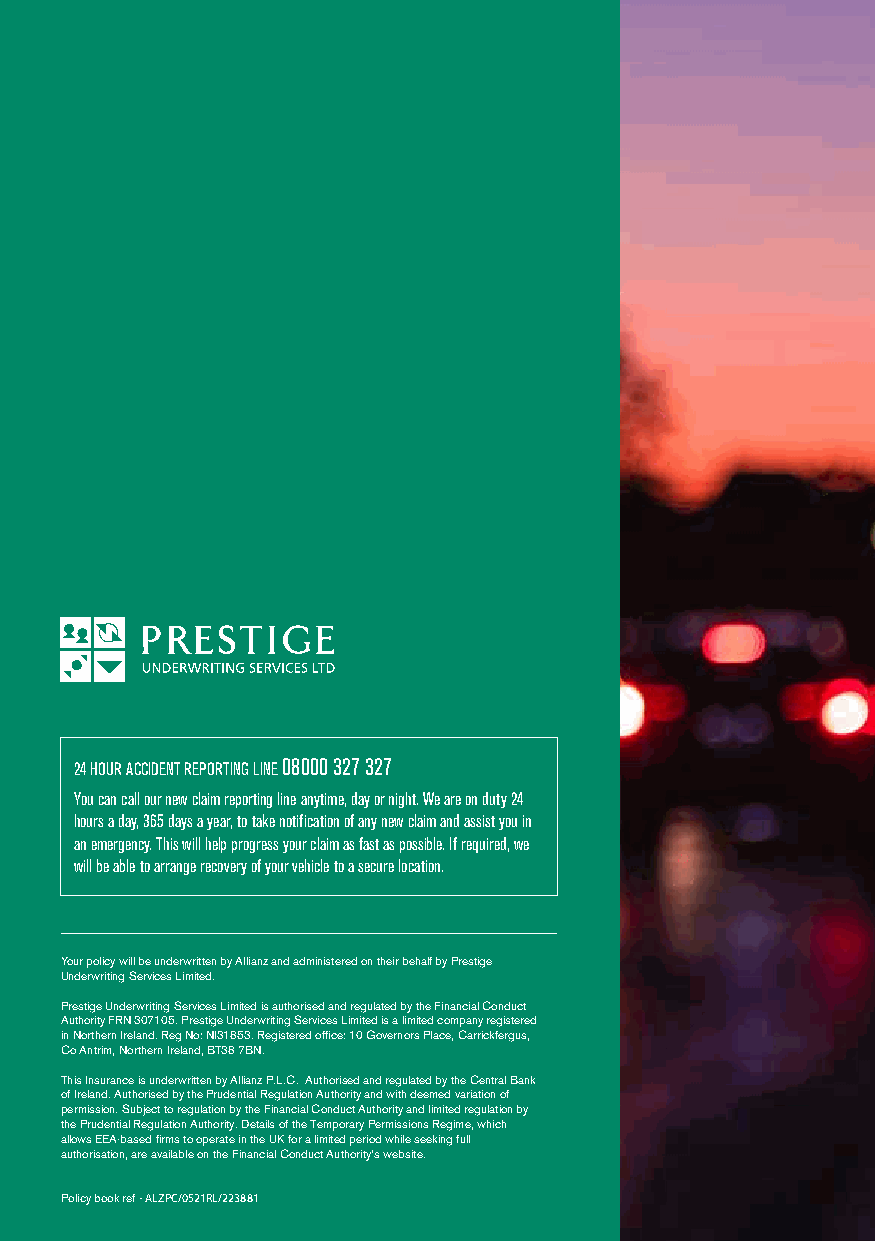
24 HOUR ACCIDENT REPORTING LINE 08000 327 327
 You can call our new claim reporting line anytime, day or night. We are on duty 24
 hours a day, 365 days a year, to take notification of any new claim and assist you in
 an emergency. This will help progress your claim as fast as possible. If required, we
 will be able to arrange recovery of your vehicle to a secure location.
 Your policy will be underwritten by Allianz and administered on their behalf by Prestige
 Underwriting Services Limited.
 Prestige Underwriting Services Limited is authorised and regulated by the Financial Conduct
 Authority FRN 307105. Prestige Underwriting Services Limited is a limited company registered
 in Northern Ireland. Reg No: NI31853. Registered office: 10 Governors Place, Carrickfergus,
 Co Antrim, Northern Ireland, BT38 7BN.
 This Insurance is underwritten by Allianz P.L.C. Authorised and regulated by the Central Bank
 of Ireland. Authorised by the Prudential Regulation Authority and with deemed variation of
 permission. Subject to regulation by the Financial Conduct Authority and limited regulation by
 the Prudential Regulation Authority. Details of the Temporary Permissions Regime, which
 allows EEA-based firms to operate in the UK for a limited period while seeking full
 authorisation, are available on the Financial Conduct Authority’s website.
 ALZPC/Apr20/215358
 Policy book ref - ALZPC/0521RL/223881
 PPrreessttiiggee MMoottoorr PPoolliiccyy BBooookklleett AAWW..iinndddd 22 2277//0022//22002200 1155::0066